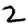
Digit: 2